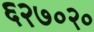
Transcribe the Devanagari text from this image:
६२७०२०